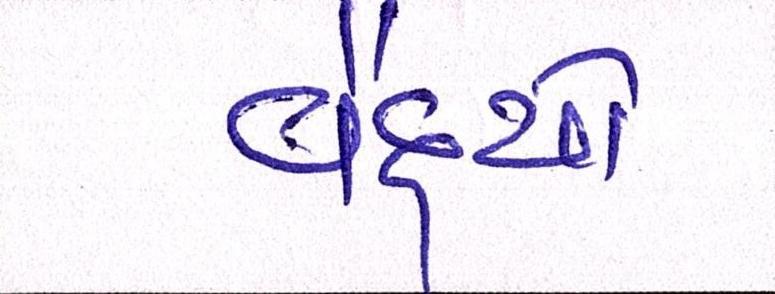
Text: વૈદ્યો